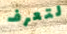
لتعرف